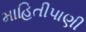
માહિતીપાણી